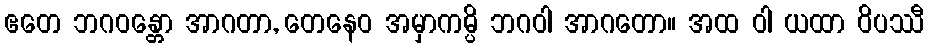
ဧတေ ဘဂဝန္တော အာဂတာ, တေနေဝ အမှာကမ္ပိ ဘဂဝါ အာဂတော။ အထ ဝါ ယထာ ဝိပဿီ